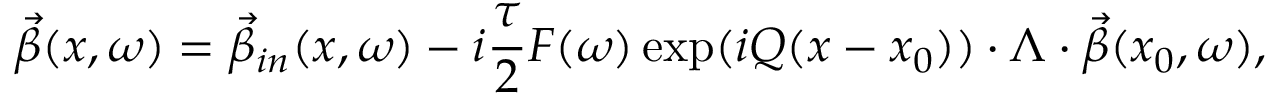
\vec { \beta } ( x , \omega ) = \vec { \beta } _ { i n } ( x , \omega ) - i \frac { \tau } { 2 } F ( \omega ) \exp ( i Q ( x - x _ { 0 } ) ) \cdot \Lambda \cdot \vec { \beta } ( x _ { 0 } , \omega ) ,